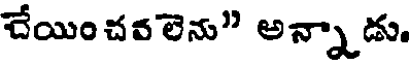
చేయించవలెను" అన్నాడు.